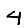
Digit: 4